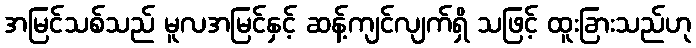
အမြင်သစ်သည် မူလအမြင်နှင့် ဆန့်ကျင်လျက်ရှိ သဖြင့် ထူးခြားသည်ဟု